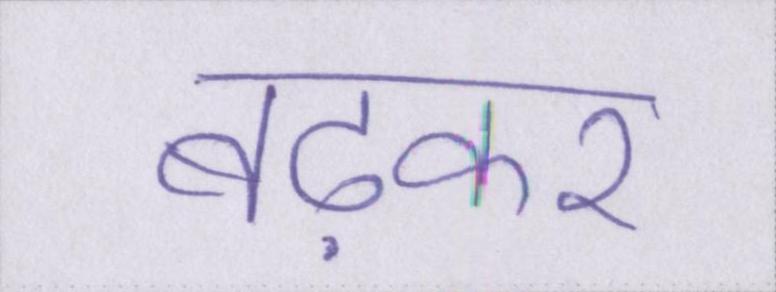
बढ़कर